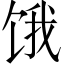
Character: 饿